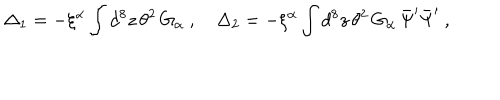
\Delta _ { 1 } = - \xi ^ { \alpha } \int d ^ { 8 } z \, \theta ^ { 2 } \, G _ { \alpha } \ , \quad \Delta _ { 2 } = - \xi ^ { \alpha } \int d ^ { 8 } z \, \theta ^ { 2 } \, G _ { \alpha } \, \bar { \Psi } ^ { \prime } \bar { \Psi } ^ { \prime } \ ,